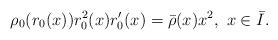
LaTeX: \begin{align*}\rho_0(r_0(x))r_0^2(x)r_0'(x)=\bar\rho(x)x^2, \ x\in \bar I.\end{align*}